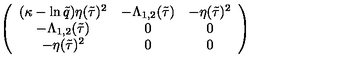
\left( \begin{array} { c c c } { ( \kappa - \ln \tilde { q } ) \eta ( \tilde { \tau } ) ^ { 2 } } & { - \Lambda _ { 1 , 2 } ( \tilde { \tau } ) } & { - \eta ( \tilde { \tau } ) ^ { 2 } } \\ { - \Lambda _ { 1 , 2 } ( \tilde { \tau } ) } & { 0 } & { 0 } \\ { - \eta ( \tilde { \tau } ) ^ { 2 } } & { 0 } & { 0 } \\ \end{array} \right)